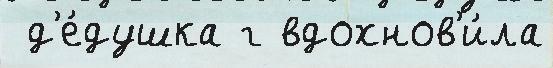
 д'е́душка г вдохнов'и́ла